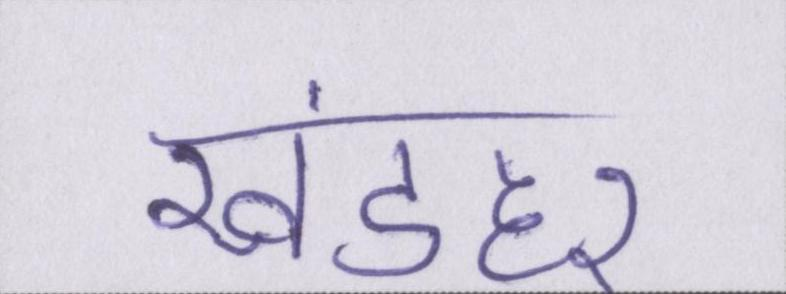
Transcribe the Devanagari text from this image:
खंडहर